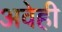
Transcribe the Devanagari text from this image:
अवेही